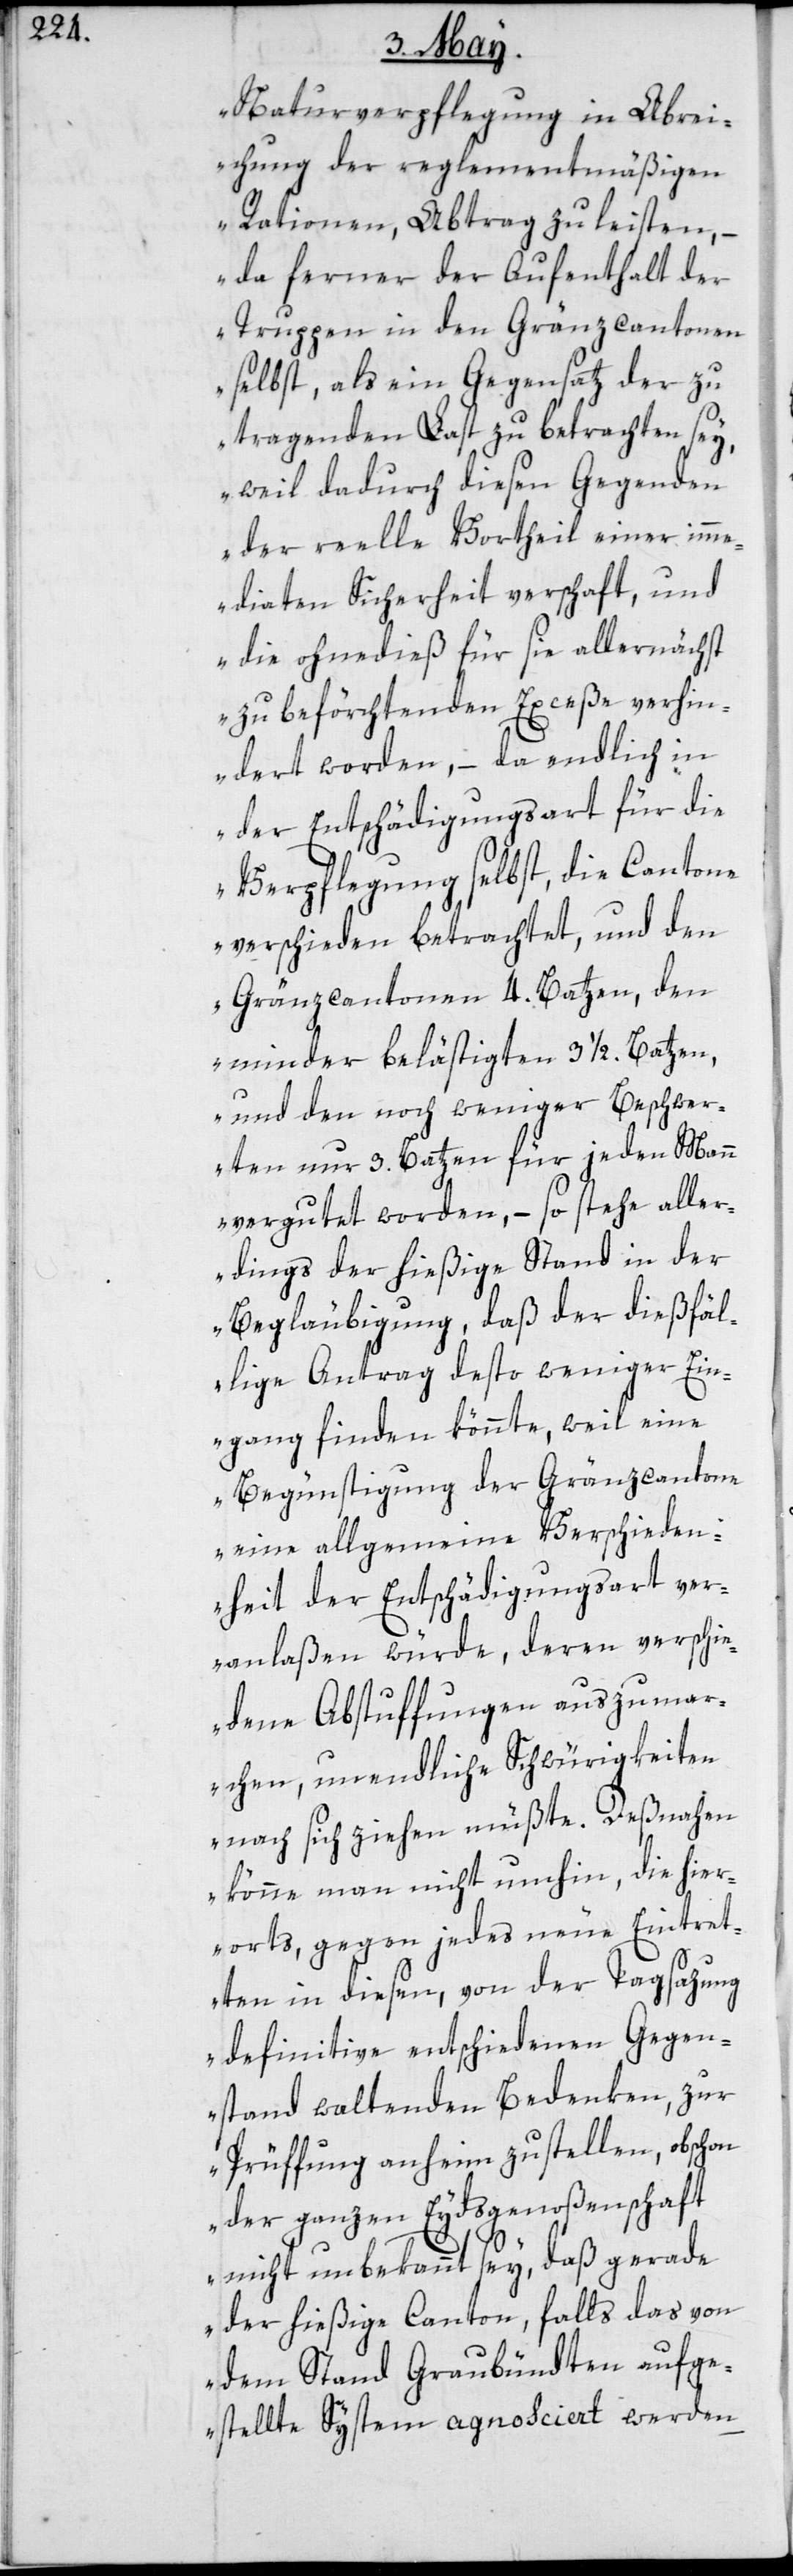
Naturverpflegung in Abrei¬
chung der reglementmäßigen
Rationen, Abtrag zu leisten, –
da ferner der Aufenthalt der
Truppen in den Gränzcantonen
selbst, als ein Gegensatz der zu
tragenden Last zu betrachten sey,
weil dadurch diesen Gegenden
der reelle Vortheil einer imm¬
ediaten Sicherheit verschaft, und
die ohnedieß für sie allernächst
zu beförchtenden Exceße verhin¬
dert worden, – da endlich in
der Entschädigungsart für die
Verpflegung selbst, die Cantone
verschieden betrachtet, und den
Grenzcantonen 4. Batzen, den
minder belästigten 3 1/2. Batzen,
und den noch weniger Beschwer¬
ten nur 3. Batzen für jeden Mann
vergutet worden, – so stehe aller¬
dings der hießige Stand in der
Begläubigung, daß der dießfäl¬
lige Antrag desto weniger Ein¬
gang finden könnte, weil eine
Begünstigung der Gränzcantone
eine allgemeine Verschieden¬
heit der Entschädigungsart ver¬
anlaßen würde, deren verschie¬
dene Abstuffungen auszumar¬
chen, unendliche Schwürigkeiten
nach sich ziehen müßte. Deßnahen
könne man nicht umhin, die hier¬
orts gegen jedes neue Eintret¬
ten in diesen, von der Tagsazung
definitive entschiedenen Gegen¬
stand waltenden Bedenken, zur
Prüffung anheim zu stellen, obschon
der ganzen Eydsgenoßenschaft
nicht unbekannt sey, daß gerade
der hießige Canton, falls das von
dem Stand Graubündten aufge¬
stellte System agnosciert werden